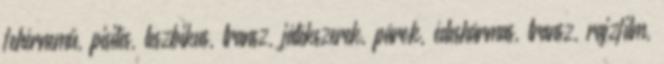
fehérnemű, pisilés, leszbikus, transz, játékszerek, párok, édeshármas, transz, rajzfilm,